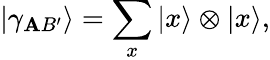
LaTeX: |\gamma_{\mathbf{A}B^{\prime}}\rangle=\sum_{x}|x\rangle\otimes|x\rangle,